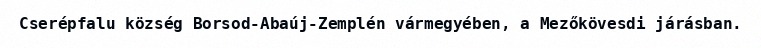
Cserépfalu község Borsod-Abaúj-Zemplén vármegyében, a Mezőkövesdi járásban.